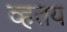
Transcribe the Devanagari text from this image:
व्हतय